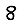
Digit: 8